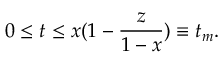
0 \le t \le x ( 1 - \frac { z } { 1 - x } ) \equiv t _ { m } .